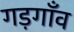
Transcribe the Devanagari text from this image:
गड़गाँव